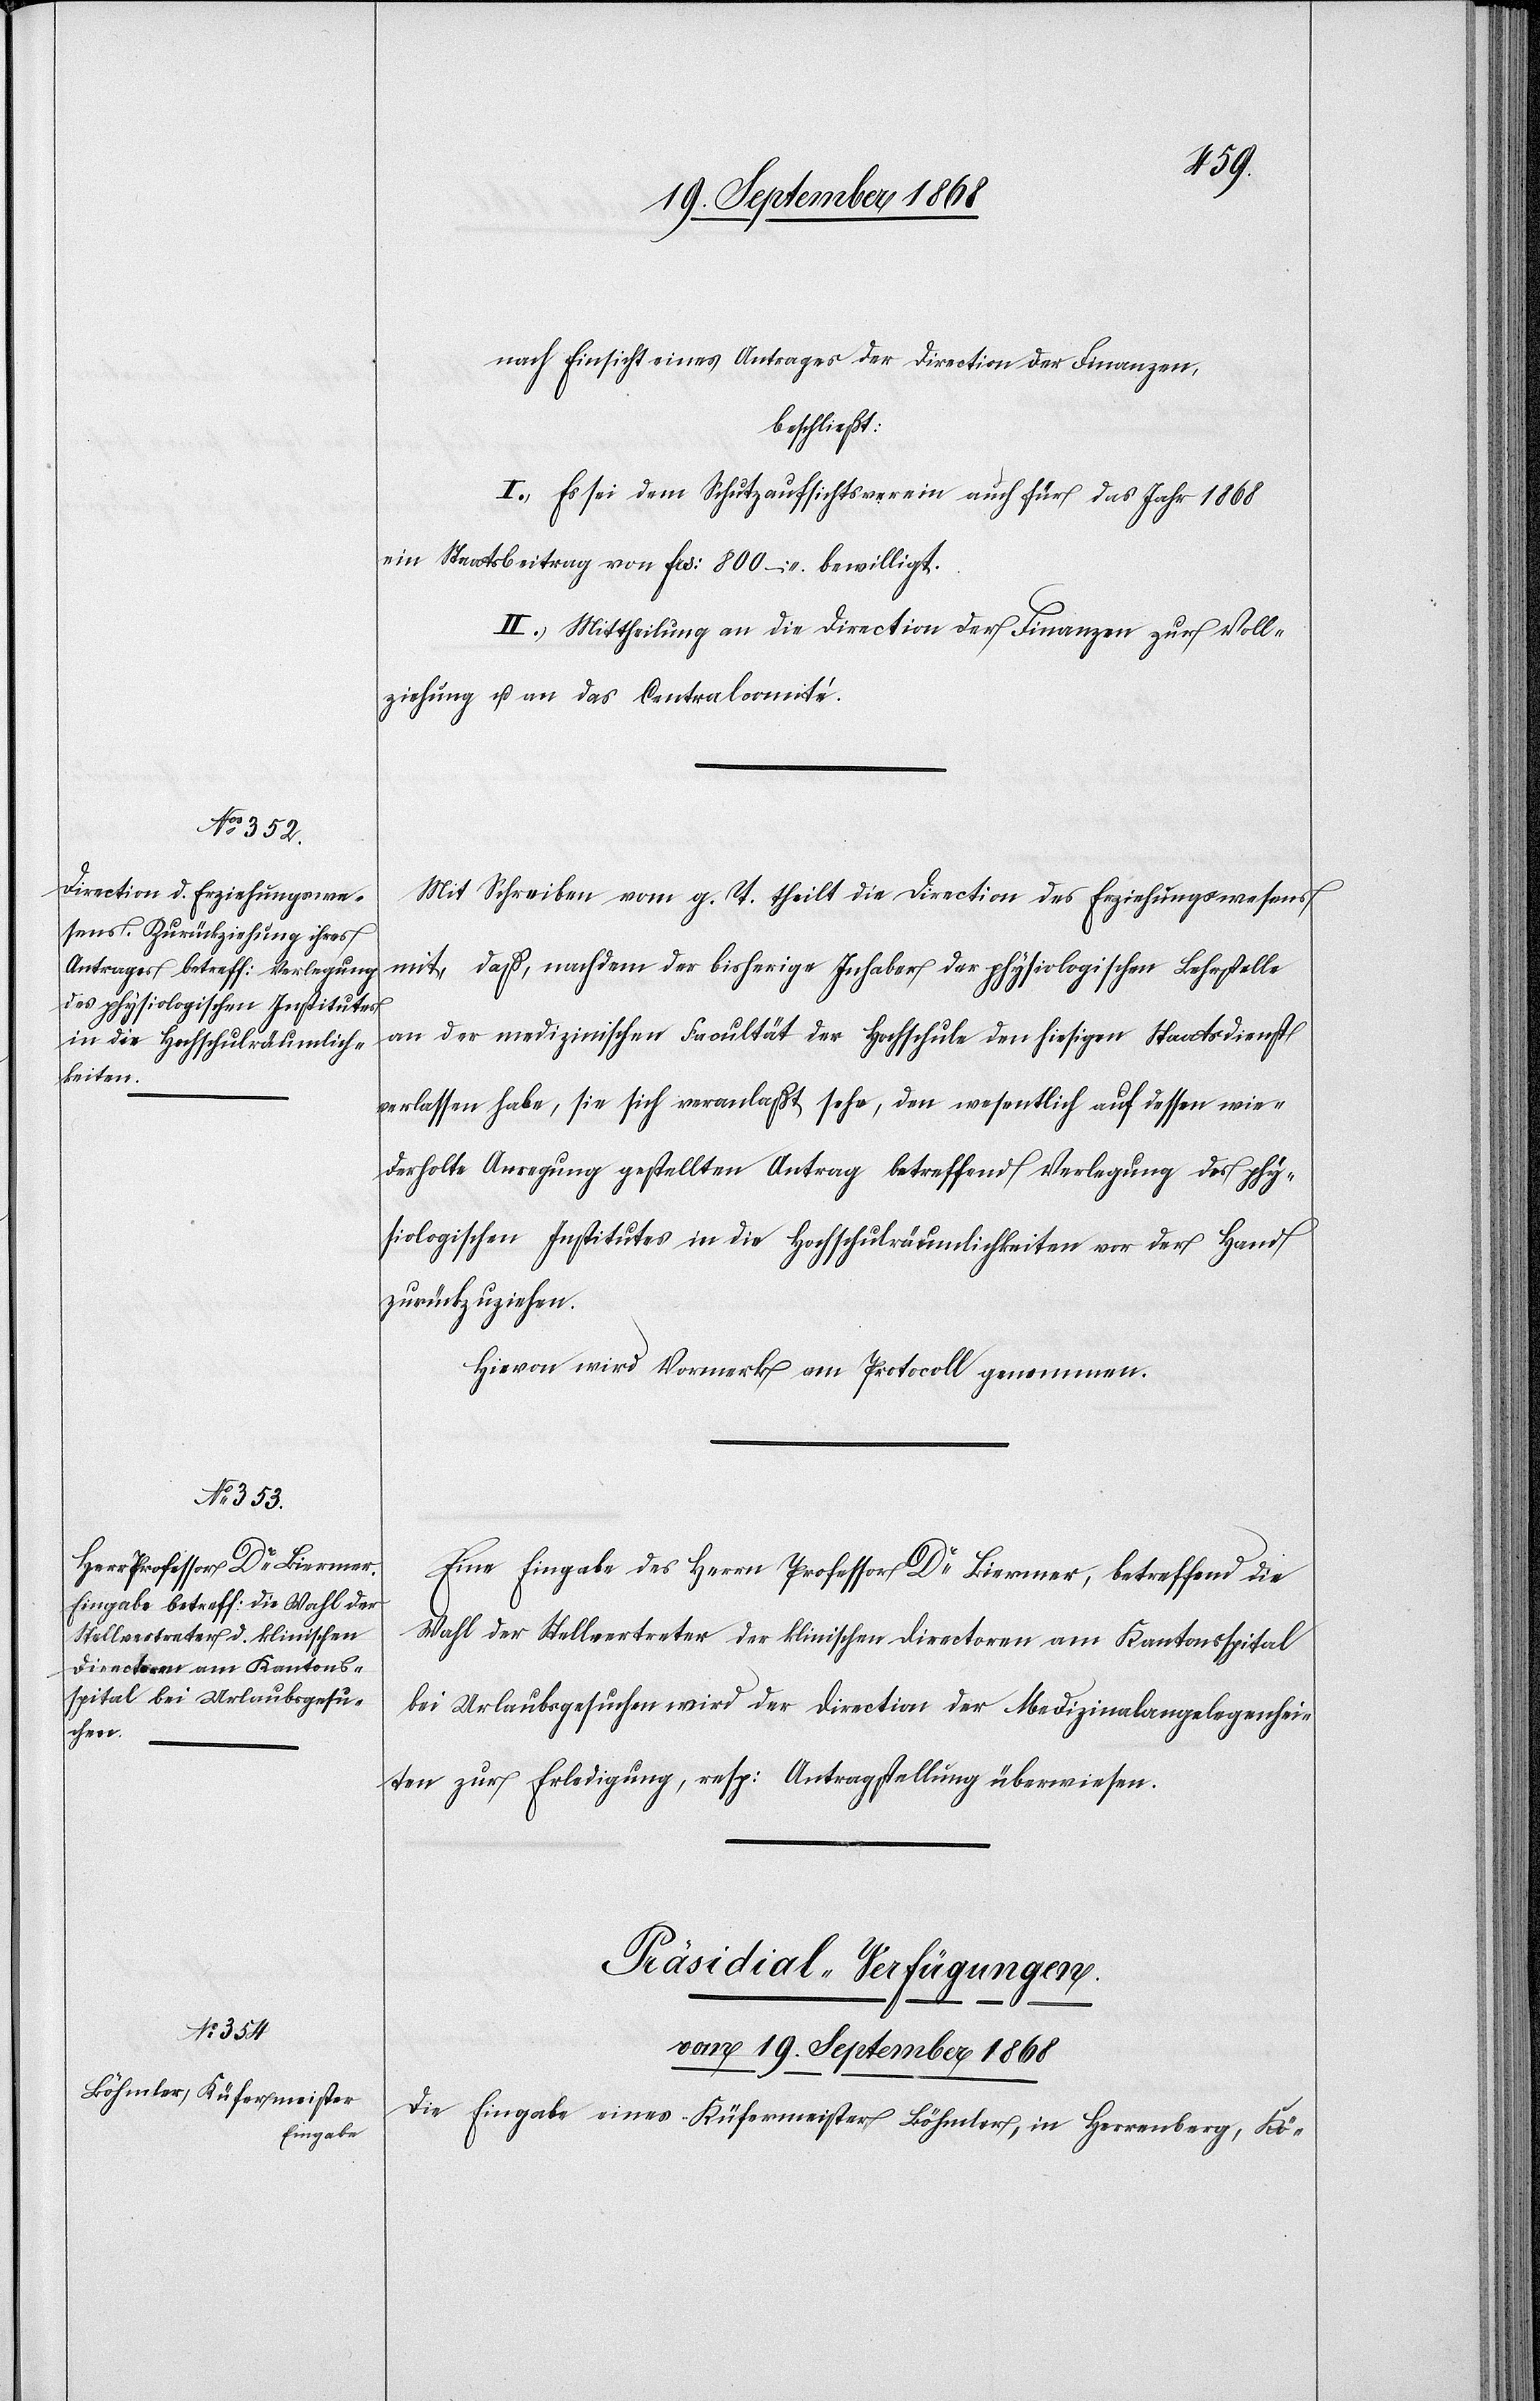
nach Einsicht eines Antrages der Direction der Finanzen,
beschließt:
I.) Es sei dem Schutzaufsichtsverein auch für das Jahr 1868
ein Staatsbeitrag von Frs: 800 – bewilligt.
II.) Mittheilung an die Direction der Finanzen zur Voll¬
ziehung u. an das Centralcomité.
Mit Schreiben vom g. T. theilt die Direction des Erziehungswesens
mit, daß, nachdem der bisherige Inhaber der physiologischen Lehrstelle
an der medizinischen Facultät der Hochschule den hiesigen Staatsdienst
verlassen habe, sie sich veranlaßt sehe, den wesentlich auf dessen wie¬
derholte Anregung gestellten Antrag betreffend Verlegung des phy¬
siologischen Institutes in die Hochschulräumlichkeiten vor der Hand
zurückzuziehen.
Hievon wird Vormerk am Protocoll genommen.
Eine Eingabe des Herrn Professor Dr Biermer, betreffend die
Wahl der Stellvertreter der klinischen Directoren am Kantonsspital
bei Urlaubsgesuchen wird der Direction der Medizinalangelegenhei¬
ten zur Erledigung, resp: Antragstellung überwiesen.
Präsidial-Verfügungen.
vom 19. September 1868
Die Eingabe eines Küfermeister Böhmler, in Herrenberg, Kö-